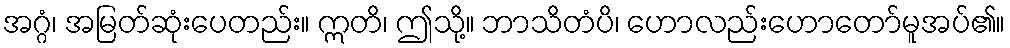
အဂ္ဂံ၊ အမြတ်ဆုံးပေတည်း။ ဣတိ၊ ဤသို့။ ဘာသိတံပိ၊ ဟောလည်းဟောတော်မူအပ်၏။